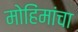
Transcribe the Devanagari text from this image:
मोहिंमांचा